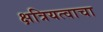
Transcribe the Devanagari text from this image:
क्षत्रियत्वाचा